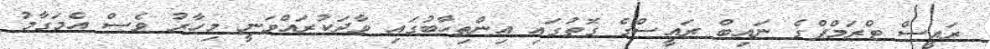
ރައީސް ޓްރަމްޕްގެ ނައިބް ރައީސްގެ ގޮތުގައި އިންތިހާބުގައި ވާދަކުރައްވަނީ މިހާރު ވެސް އެމަގާމު